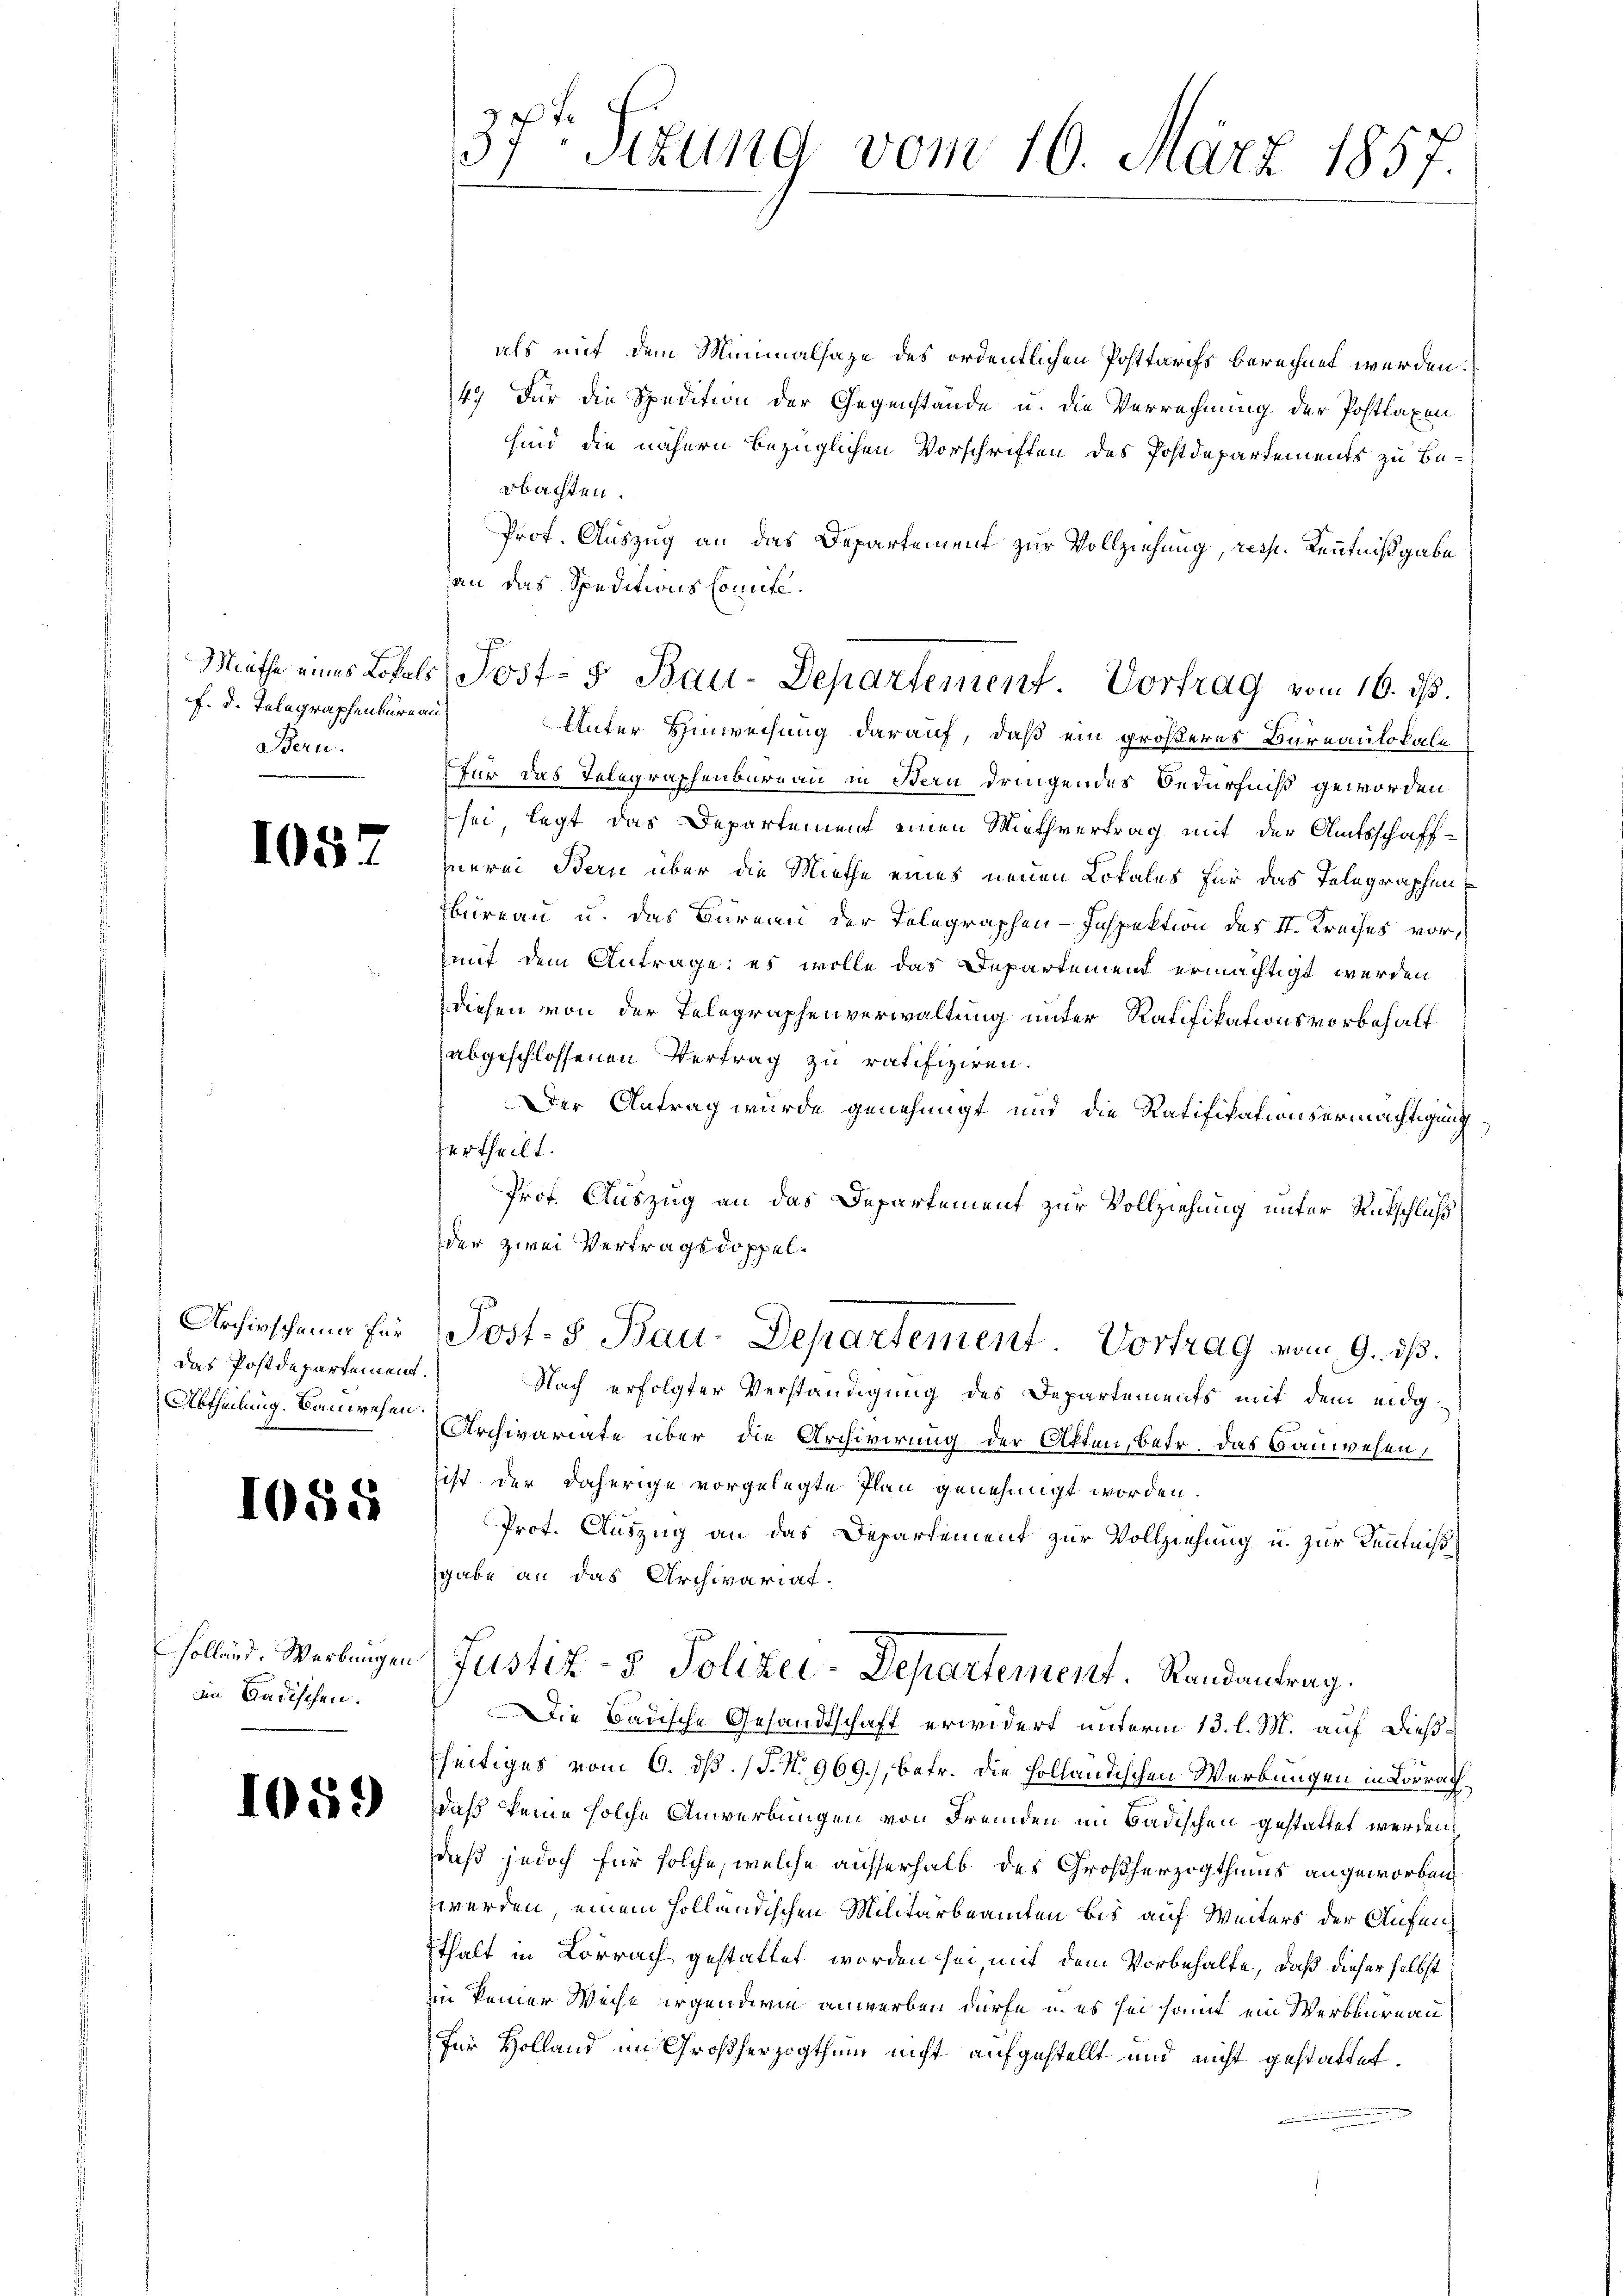
f. d. Telegraphenburg au
Bern.

108.

Archivscheine für
das Postdepartement.

1058

Holländ. Werbungen.
im Badischen.

1059

als mit dem Minimalhaze des ordentlichen Posttarifs berechnet werden.
4.) Für die Spedition der Gegenstände u. die Verrechnung der Posttaxen
sind die nähern bezüglichen Vorschriften des Postdepartements zu Beobachten.
Prof. Auszug an das Departement zur Vollziehung, resp. Kenntnißgabe
an das Speditions Comite.
Unter Hinweisung darauf, daß ein größeres Bureaulokale
für das Telegraphenbureau in Stern dringendes Bedürfniß geworden
sei, legt das Departement einen Miethvertrag mit der Amtsschaff-
merei Bern über die Miethe eines neuen Lokales für das Telegraphen
bureau u. das Bureau der Telegraphen-Inspektion des II. Kreises vor,
mit dem Antrage: es wolle das Departement ermächtigt werden
diesen von der Telegraphenverwaltung unter Ratifikationsvorbehalt
abgeschlossenen Vertrag zu ratifiziren.
Der Antrag wurde genehmigt und die Ratifikationsermächtigung
ertheilt.
Prof. Auszug an das Departement zur Vollziehung unter Rutschluß
der zwei Vertragsdoppel¬
Post- & Bau-Departement. Vortrag vom 9. ds.
Nach erfolgter Verständigung des Departements mit dem eidg¬
Abtheilung. Danieren Archivariate über die Archivirung der Otten, betr. Das Bauwesen,
ist der daherige vorgelegte Plan genehmigt worden.
Prot. Auszug an das Departement zur Vollziehung u. zur Kenntniß
sgabe an das Archivariat.
Justiz- & Polizei-Departement. Randantrag.
Die Badische Gesandtschaft erwidert unterm 13. l. M. auf dießseitiges vom 9. ds. (T. N. 969.), betr. die holländischen Werkungen in Lorrath
daß keine solche Anwerbungen von Fremden im Badischen gestattet werden,
daß jedoch für solche, welche ausserhalb des Großherzogthums angeworben
zwerden, einem Holländischen Militärbeamten bis auf Weiters der Aufeich
Ethalt in Lörrach gestattet worden sei, mit dem Vorbehalte, daß dieser selbst
in keiner Weise irgendern anwerben dürfe, u. es sei samt ein Werkbureau
für Holland im Großherzogthum nicht aufgestellt und nicht gestattet.

f
37-Sitzung vom 10. März 1857

Miethe eines Lokals Post- 5. Bau-Departement Vortrag vom 16. ds.